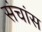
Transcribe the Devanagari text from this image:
संचांस